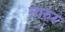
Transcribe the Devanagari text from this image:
नारुर